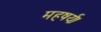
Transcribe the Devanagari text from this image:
महषर्यः।